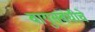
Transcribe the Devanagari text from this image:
वायुसंबंधीचे